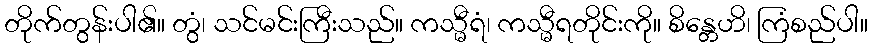
တိုက်တွန်းပါ၏။ တွံ၊ သင်မင်းကြီးသည်။ ကသ္မီရံ၊ ကသ္မီရတိုင်းကို။ စိန္တေဟိ၊ ကြံစည်ပါ။